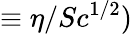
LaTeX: \equiv\eta/Sc^{1/2})